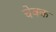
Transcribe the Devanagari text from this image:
चेक्क